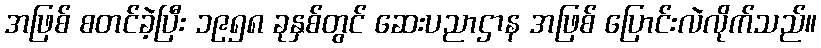
အဖြစ် စတင်ခဲ့ပြီး ၁၉၅၈ ခုနှစ်တွင် ဆေးပညာဌာန အဖြစ် ပြောင်းလဲလိုက်သည်။